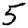
Digit: 5